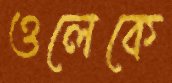
ওলেকে